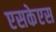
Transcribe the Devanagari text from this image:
एसकेएस